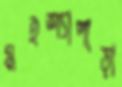
মইশ্যাপাড়া